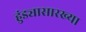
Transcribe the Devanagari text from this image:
हुंड्यासारख्या